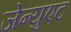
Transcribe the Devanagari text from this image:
जेन्युएट